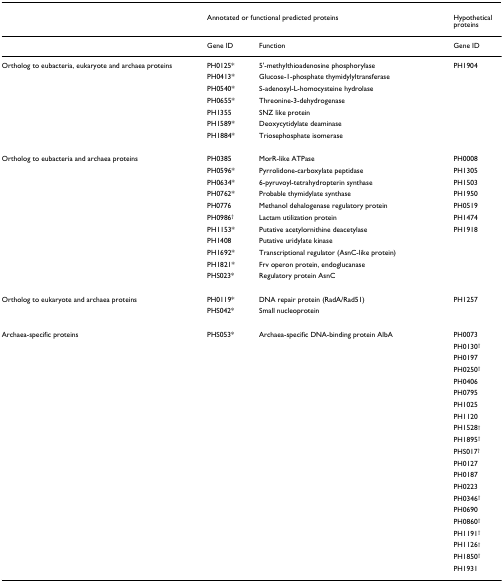
<table><thead><tr><td></td><td colspan="2"><b>Annotated or functional predicted proteins</b></td><td><b>Hypothetical proteins</b></td></tr></thead><tbody><tr><td></td><td>Gene ID</td><td>Function</td><td>Gene ID</td></tr><tr><td>Ortholog to eubacteria, eukaryote and archaea proteins</td><td>PH0125*</td><td>5&#x27;-methylthioadenosine phosphorylase</td><td>PH1904</td></tr><tr><td></td><td>PH0413*</td><td>Glucose-1-phosphate thymidylyltransferase</td><td></td></tr><tr><td></td><td>PH0540*</td><td>S-adenosyl-L-homocysteine hydrolase</td><td></td></tr><tr><td></td><td>PH0655*</td><td>Threonine-3-dehydrogenase</td><td></td></tr><tr><td></td><td>PH1355</td><td>SNZ like protein</td><td></td></tr><tr><td></td><td>PH1589*</td><td>Deoxycytidylate deaminase</td><td></td></tr><tr><td></td><td>PH1884*</td><td>Triosephosphate isomerase</td><td></td></tr><tr><td>Ortholog to eubacteria and archaea proteins</td><td>PH0385</td><td>MorR-like ATPase</td><td>PH0008</td></tr><tr><td></td><td>PH0596*</td><td>Pyrrolidone-carboxylate peptidase</td><td>PH1305</td></tr><tr><td></td><td>PH0634*</td><td>6-pyruvoyl-tetrahydropterin synthase</td><td>PH1503</td></tr><tr><td></td><td>PH0762*</td><td>Probable thymidylate synthase</td><td>PH1950</td></tr><tr><td></td><td>PH0776</td><td>Methanol dehalogenase regulatory protein</td><td>PH0519</td></tr><tr><td></td><td>PH0986<sup>†</sup></td><td>Lactam utilization protein</td><td>PH1474</td></tr><tr><td></td><td>PH1153*</td><td>Putative acetylornithine deacetylase</td><td>PH1918</td></tr><tr><td></td><td>PH1408</td><td>Putative uridylate kinase</td><td></td></tr><tr><td></td><td>PH1692*</td><td>Transcriptional regulator (AsnC-like protein)</td><td></td></tr><tr><td></td><td>PH1821*</td><td>Frv operon protein, endoglucanase</td><td></td></tr><tr><td></td><td>PHS023*</td><td>Regulatory protein AsnC</td><td></td></tr><tr><td>Ortholog to eukaryote and archaea proteins</td><td>PH0119*</td><td>DNA repair protein (RadA/Rad51)</td><td>PH1257</td></tr><tr><td></td><td>PHS042*</td><td>Small nucleoprotein</td><td></td></tr><tr><td>Archaea-specific proteins</td><td>PHS053*</td><td>Archaea-specific DNA-binding protein AlbA</td><td>PH0073</td></tr><tr><td></td><td></td><td></td><td>PH0130<sup>†</sup></td></tr><tr><td></td><td></td><td></td><td>PH0197</td></tr><tr><td></td><td></td><td></td><td>PH0250<sup>†</sup></td></tr><tr><td></td><td></td><td></td><td>PH0406</td></tr><tr><td></td><td></td><td></td><td>PH0795</td></tr><tr><td></td><td></td><td></td><td>PH1025</td></tr><tr><td></td><td></td><td></td><td>PH1120</td></tr><tr><td></td><td></td><td></td><td>PH1528<sup>†</sup></td></tr><tr><td></td><td></td><td></td><td>PH1895<sup>†</sup></td></tr><tr><td></td><td></td><td></td><td>PHS017<sup>†</sup></td></tr><tr><td></td><td></td><td></td><td>PH0127</td></tr><tr><td></td><td></td><td></td><td>PH0187</td></tr><tr><td></td><td></td><td></td><td>PH0223</td></tr><tr><td></td><td></td><td></td><td>PH0346<sup>†</sup></td></tr><tr><td></td><td></td><td></td><td>PH0690</td></tr><tr><td></td><td></td><td></td><td>PH0860<sup>†</sup></td></tr><tr><td></td><td></td><td></td><td>PH1191<sup>†</sup></td></tr><tr><td></td><td></td><td></td><td>PH1126<sup>†</sup></td></tr><tr><td></td><td></td><td></td><td>PH1850<sup>†</sup></td></tr><tr><td></td><td></td><td></td><td>PH1931</td></tr></tbody></table>